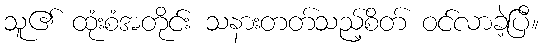
သူ၏ ထုံးစံအတိုင်း သနားတတ်သည့်စိတ် ဝင်လာခဲ့ပြီ။